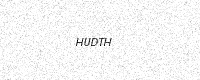
Text: HUDTH